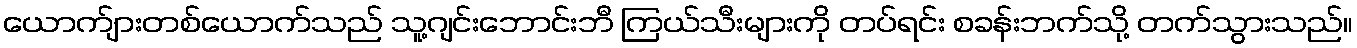
ယောက်ျားတစ်ယောက်သည် သူ့ဂျင်းဘောင်းဘီ ကြယ်သီးများကို တပ်ရင်း စခန်းဘက်သို့ တက်သွားသည်။